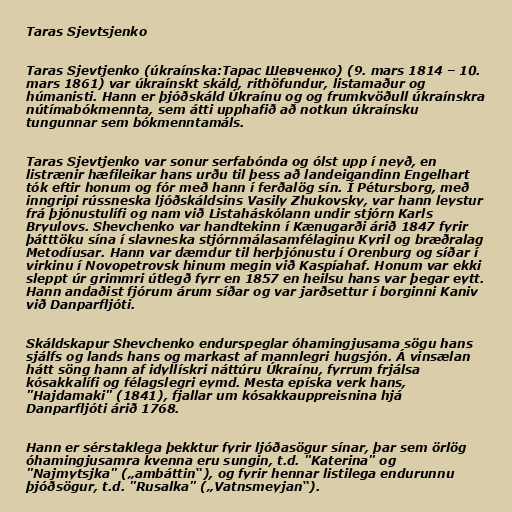
Taras Sjevtsjenko

Taras Sjevtjenko (úkraínska:Тарас Шевченко) (9. mars 1814 – 10.
mars 1861) var úkraínskt skáld, rithöfundur, listamaður og
húmanisti. Hann er þjóðskáld Úkraínu og og frumkvöðull úkraínskra
nútímabókmennta, sem átti upphafið að notkun úkraínsku
tungunnar sem bókmenntamáls.

Taras Sjevtjenko var sonur serfabónda og ólst upp í neyð, en
listrænir hæfileikar hans urðu til þess að landeigandinn Engelhart
tók eftir honum og fór með hann í ferðalög sín. Í Pétursborg, með
inngripi rússneska ljóðskáldsins Vasily Zhukovsky, var hann leystur
frá þjónustulífi og nam við Listaháskólann undir stjórn Karls
Bryulovs. Shevchenko var handtekinn í Kænugarði árið 1847 fyrir
þátttöku sína í slavneska stjórnmálasamfélaginu Kyril og bræðralag
Metodíusar. Hann var dæmdur til herþjónustu í Orenburg og síðar í
virkinu í Novopetrovsk hinum megin við Kaspíahaf. Honum var ekki
sleppt úr grimmri útlegð fyrr en 1857 en heilsu hans var þegar eytt.
Hann andaðist fjórum árum síðar og var jarðsettur í borginni Kaniv
við Danparfljóti.

Skáldskapur Shevchenko endurspeglar óhamingjusama sögu hans
sjálfs og lands hans og markast af mannlegri hugsjón. Á vinsælan
hátt söng hann af idyllískri náttúru Úkraínu, fyrrum frjálsa
kósakkalífi og félagslegri eymd. Mesta epíska verk hans,
"Hajdamaki" (1841), fjallar um kósakkauppreisnina hjá
Danparfljóti árið 1768.

Hann er sérstaklega þekktur fyrir ljóðasögur sínar, þar sem örlög
óhamingjusamra kvenna eru sungin, t.d. "Katerina" og
"Najmytsjka" („ambáttin“), og fyrir hennar listilega endurunnu
þjóðsögur, t.d. "Rusalka" („Vatnsmeyjan“).